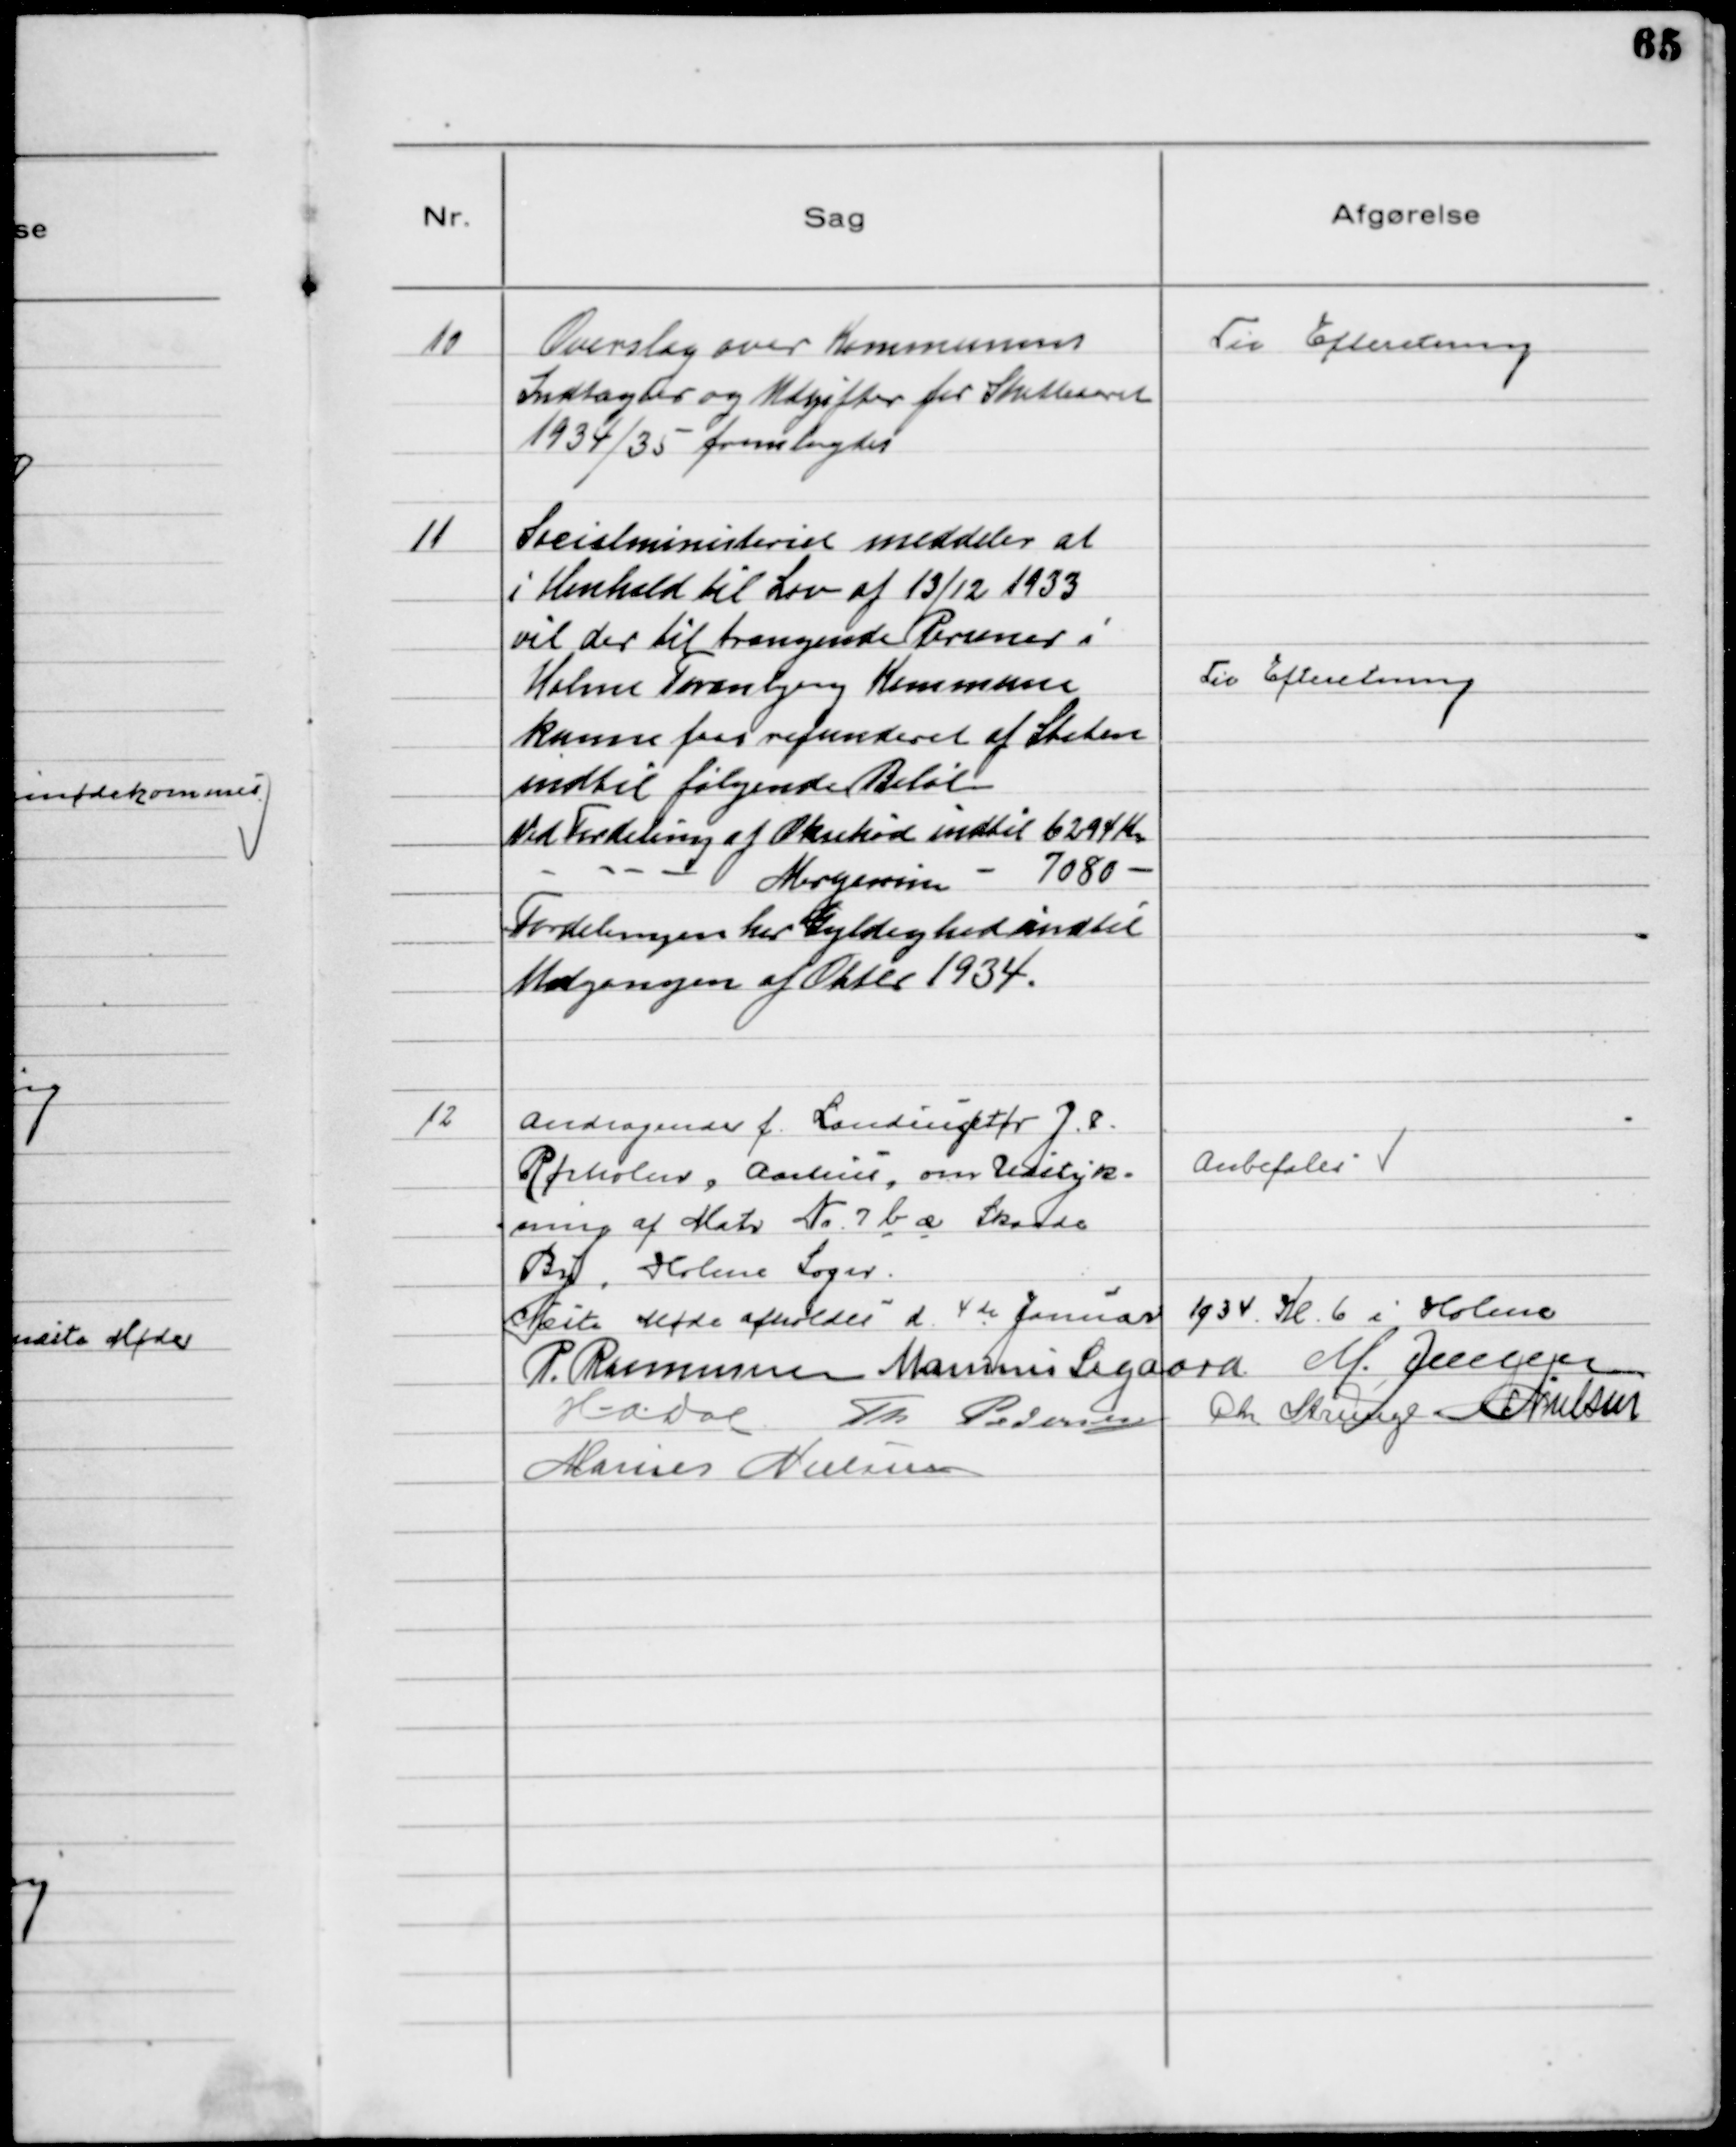
Transskription:
10
Overslag over Kommunens
Indtægter og Udgifter for Skatteaaret
1934/35 fremlagdes

Til Efteretning

11
Socialministeriet meddeler at
i Henhold til Lov af 13/12 1933
vil der til trængende Personer i
Holme Tranbjerg Kommune
kunne faas refunderet af Staten
indtil følgende Beløb
Ved fordeling af Oksekød indtil 6294 Kr
- - - - Margarine - 7080 -
Fordelingen har Gyldighed indtil
Udgangen af Oktober 1934.

Til Efteretning

12
Andragende f. Landinspektør J. P.
Rørholm, Aarhus, om Udstyk-
ning af Matr № 7 b æ Skaade
By, Holme Sogn.

Anbefales

Næste Møde afholdes d. 4 de Januar 1934 Kl. 6 i Holme
P. Rasmussen Marinus Sigaard M. Jensen
HADal Th Pedersen Chr Strunge NNielsen
Marius Nielsen